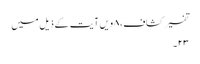
تفسیر کشاف، ۸ویں آیت کے ذیل میں
۲۳۔